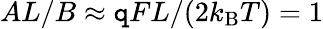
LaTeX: AL/B\approx\mathtt{q}FL/(2k_{\mathrm{{B}}}T)=1